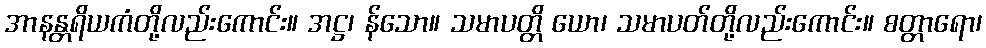
အာနန္တရိယကံတို့လည်းကောင်း။ အဋ္ဌ၊ န်သော။ သမာပတ္တိ ယော၊ သမာပတ်တို့လည်းကောင်း။ စတ္တာရော၊